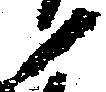
ノ